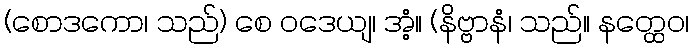
(စောဒကော၊ သည်) စေ ဝဒေယျ၊ အံ့။ (နိဗ္ဗာနံ၊ သည်။ နတ္ထေဝ၊